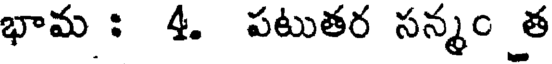
భామ : 4. పటుతర సన్మం త